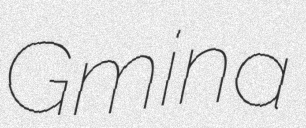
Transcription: Gmina